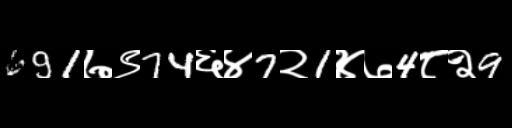
Text: 691७९74६४7२1४७4८२9